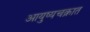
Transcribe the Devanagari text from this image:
आयुष्यचक्रात